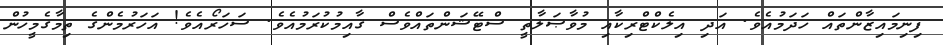
ފިނިމައިޒާންތައް ހަދަމުއެވެ. އަދި އިލެކްޓްރިކާއި މުވާޞަލާތީ ސްޓޭޝަންތައްވެސް ޤާއިމުކުރަމުއެވެ. ސަހަރޯއެވެ! އަހަރުމެންގެ ތިމާގެމީހުން